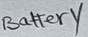
Text: Battery